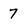
Character: 7